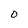
Character: O